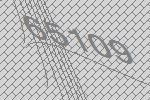
65109